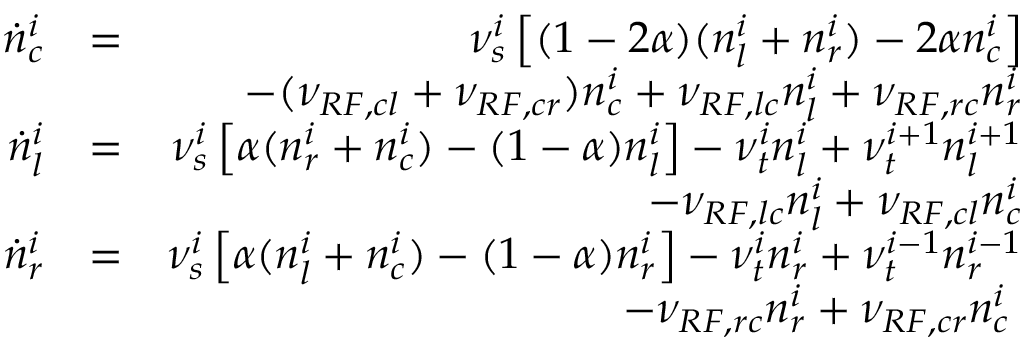
\begin{array} { r l r } { \dot { n } _ { c } ^ { i } } & { = } & { \nu _ { s } ^ { i } \left[ ( 1 - 2 \alpha ) ( n _ { l } ^ { i } + n _ { r } ^ { i } ) - 2 \alpha n _ { c } ^ { i } \right] } \\ & { } & { - ( \nu _ { R F , c l } + \nu _ { R F , c r } ) n _ { c } ^ { i } + \nu _ { R F , l c } n _ { l } ^ { i } + \nu _ { R F , r c } n _ { r } ^ { i } } \\ { \dot { n } _ { l } ^ { i } } & { = } & { \nu _ { s } ^ { i } \left[ \alpha ( n _ { r } ^ { i } + n _ { c } ^ { i } ) - ( 1 - \alpha ) n _ { l } ^ { i } \right] - \nu _ { t } ^ { i } n _ { l } ^ { i } + \nu _ { t } ^ { i + 1 } n _ { l } ^ { i + 1 } } \\ & { } & { - \nu _ { R F , l c } n _ { l } ^ { i } + \nu _ { R F , c l } n _ { c } ^ { i } } \\ { \dot { n } _ { r } ^ { i } } & { = } & { \nu _ { s } ^ { i } \left[ \alpha ( n _ { l } ^ { i } + n _ { c } ^ { i } ) - ( 1 - \alpha ) n _ { r } ^ { i } \right] - \nu _ { t } ^ { i } n _ { r } ^ { i } + \nu _ { t } ^ { i - 1 } n _ { r } ^ { i - 1 } } \\ & { } & { - \nu _ { R F , r c } n _ { r } ^ { i } + \nu _ { R F , c r } n _ { c } ^ { i } \; } \end{array}